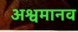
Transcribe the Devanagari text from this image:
अश्वमानव